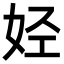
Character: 𫰛